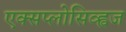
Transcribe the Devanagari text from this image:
एक्सप्लोसिव्ह्वज